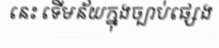
នេះ ទើមន័យក្នុងច្បាប់ផ្សេង